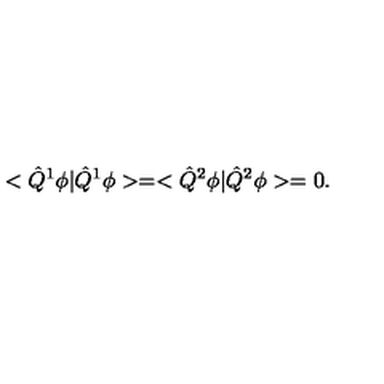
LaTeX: < \hat { Q } ^ { 1 } \phi | \hat { Q } ^ { 1 } \phi > = < \hat { Q } ^ { 2 } \phi | \hat { Q } ^ { 2 } \phi > = 0 .